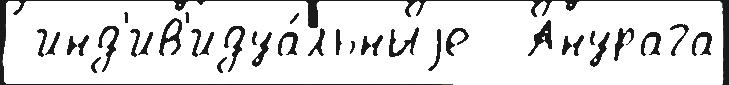
 инд'ив'идуа́льныjе  Анурага